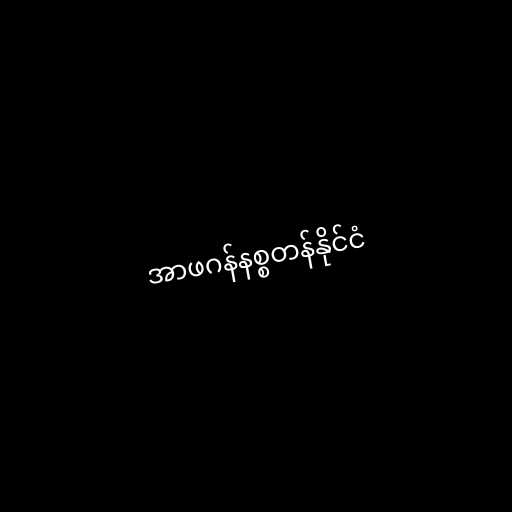
အာဖဂန်နစ္စတန်နိုင်ငံ